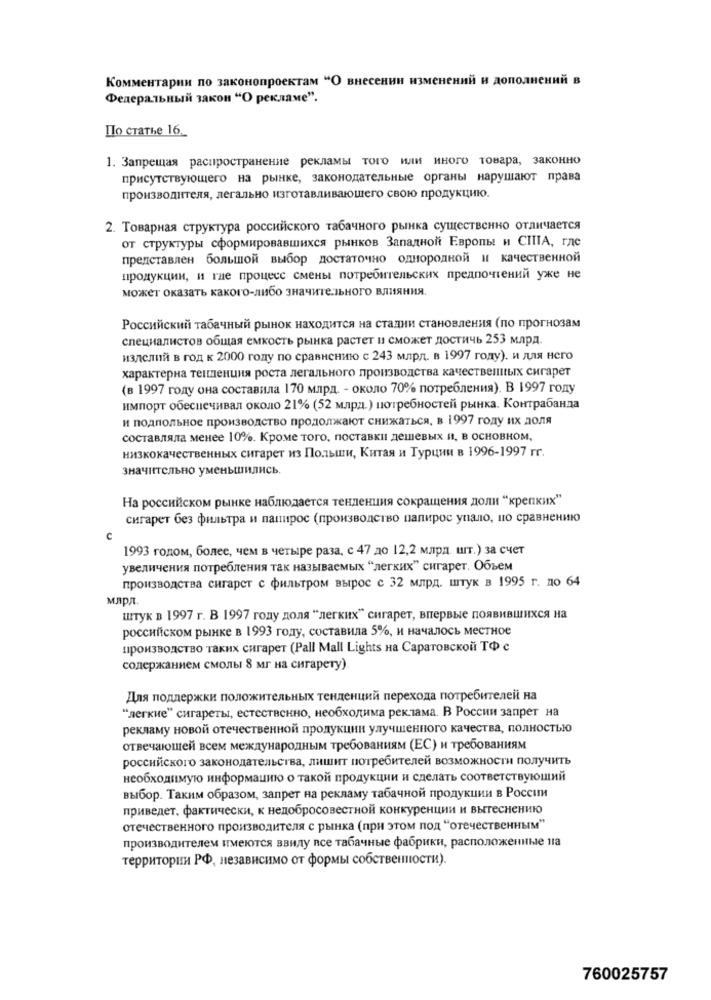
Комментарии по законопроектам "О внесении изменений и дополнений в
Федеральный закон "О рекламе".
По статье 16 ..
1. Запрещая распространение рекламы того или иного товара, законно
присутствующего на рынке, законодательные органы нарушают права
производителя, легально изготавливающего свою продукцию.
2. Товарная структура российского табачного рынка существенно отличается
от структуры сформировавшихся рынков Западной Европы и США, где
представлен большой выбор достаточно однородной и качественной
продукции, и где процесс смены потребительских предпочтений уже не
может оказать какого-либо значительного влияния.
Российский табачный рынок находится на стадии становления (по прогнозам
специалистов общая емкость рынка растет и сможет достичь 253 млрд.
изделий в год к 2000 году по сравнению с 243 млрд. в 1997 году). и для него
характерна тенденция роста легального производства качественных сигарет
(в 1997 году она составила 170 млрд. - около 70% потребления). В 1997 году
импорт обеспечивал около 21% (52 млрд.) потребностей рынка. Контрабанда
и подпольное производство продолжают снижаться, в 1997 году их доля
составляла менее 10%. Кроме того, поставки дешевых и, в основном,
низкокачественных сигарет из Польши, Китая и Турции в 1996-1997 гг.
значительно уменьшились.
На российском рынке наблюдается тенденция сокращения доли "крепких"
сигарет без фильтра и папирос (производство папирос упало, по сравнению
с
1993 годом, более, чем в четыре раза, с 47 до 12,2 млрд шт.) за счет
увеличения потребления так называемых "легких" сигарет. Объем
производства сигарет с фильтром вырос с 32 млрд. штук в 1995 г. до 64
млрд.
штук в 1997 г. В 1997 году доля "легких" сигарет, впервые появившихся на
российском рынке в 1993 году, составила 5%, и началось местное
производство таких сигарет (Pall Mall Lights на Саратовской ТФ с
содержанием смолы 8 мг на сигарету)
Для поддержки положительных тенденций перехода потребителей на
"легкие" сигареты, естественно, необходима реклама. В России запрет на
рекламу новой отечественной продукции улучшенного качества, полностью
отвечающей всем международным требованиям (ЕС) и требованиям
российского законодательства, лишит потребителей возможности получить
необходимую информацию о такой продукции и сделать соответствующий
выбор. Таким образом, запрет на рекламу табачной продукции в России
приведет. фактически, к недобросовестной конкуренции и вытеснению
отечественного производителя с рынка (при этом под "отечественным"
производителем имеются ввиду все табачные фабрики, расположенные на
территории РФ, независимо от формы собственности).
760025757